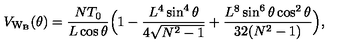
V _ { \mathrm { W _ { B } } } ( \theta ) = \frac { N T _ { 0 } } { L \cos { \theta } } \Bigl ( 1 - \frac { L ^ { 4 } \sin ^ { 4 } { \theta } } { 4 \sqrt { N ^ { 2 } - 1 } } + \frac { L ^ { 8 } \sin ^ { 6 } { \theta } \cos ^ { 2 } { \theta } } { 3 2 ( N ^ { 2 } - 1 ) } \Bigr ) ,